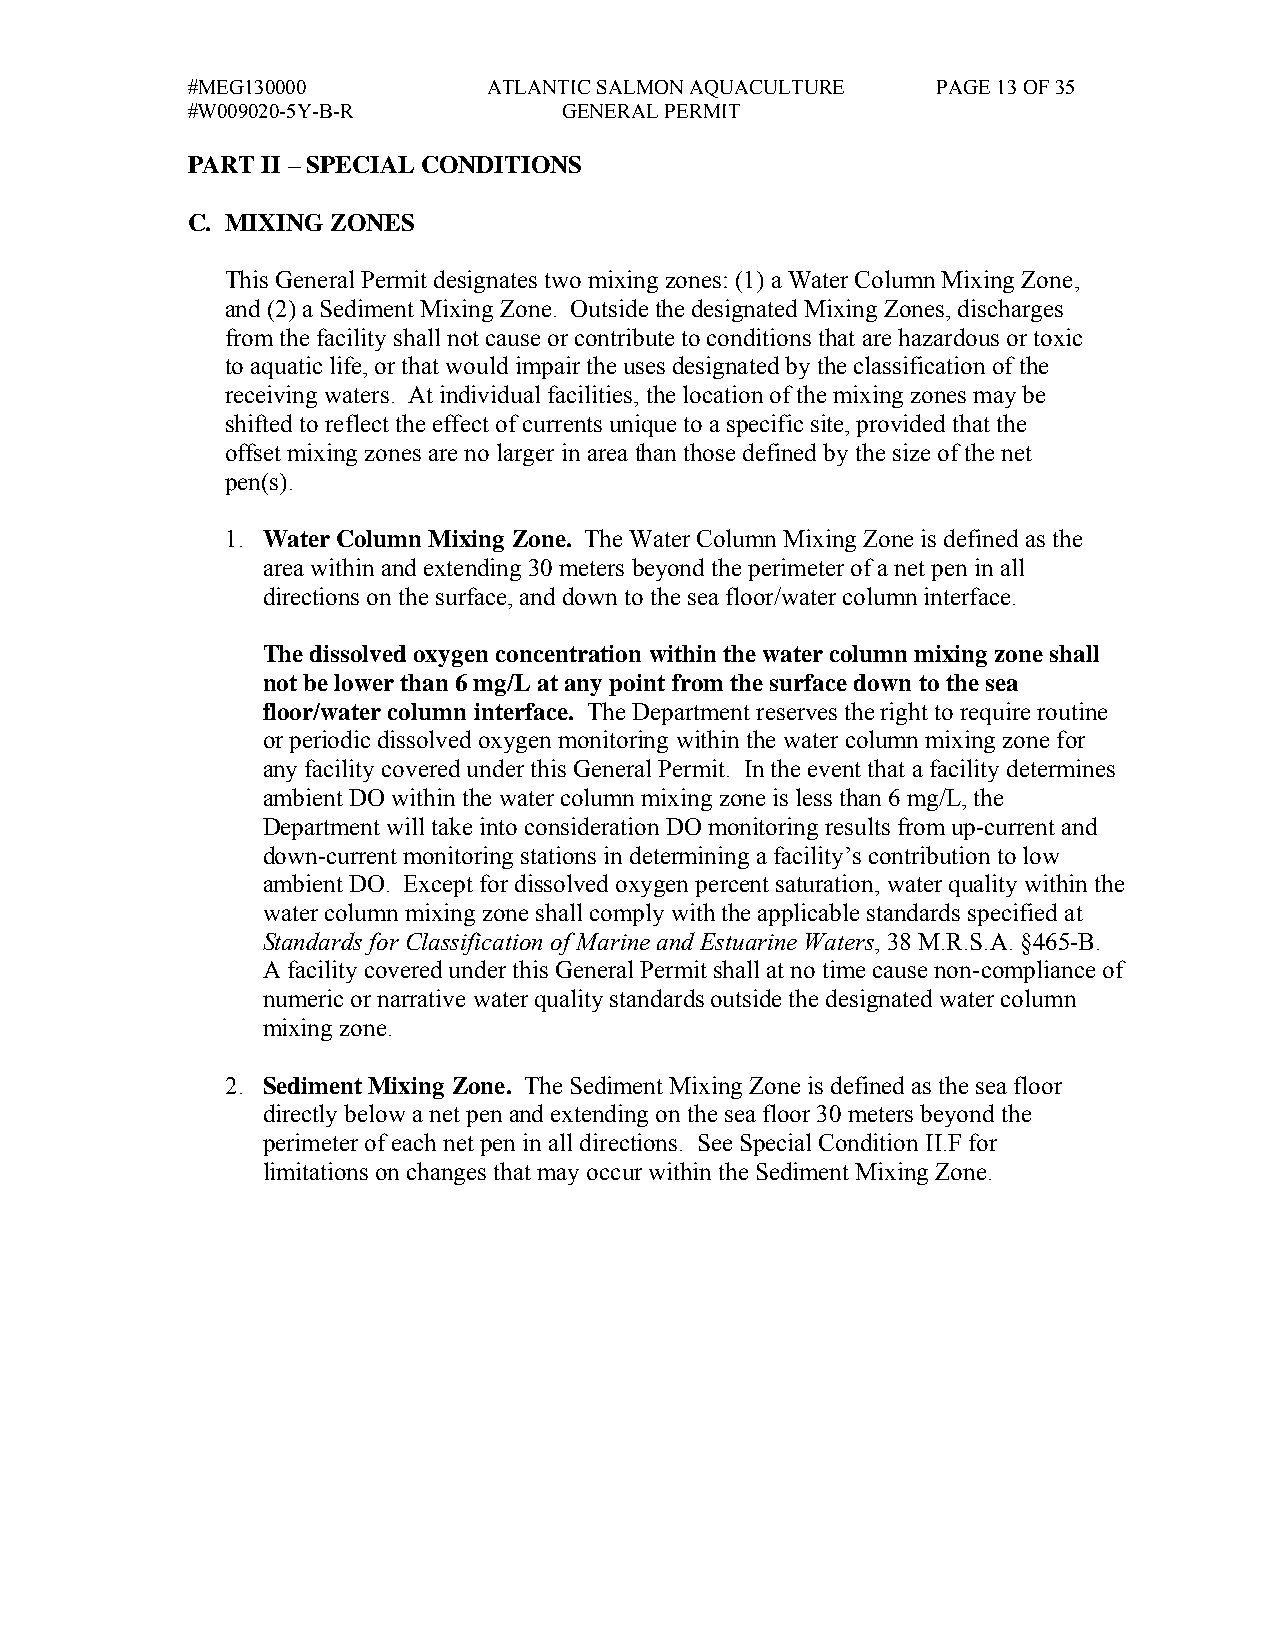
#MEG130000          ATLANTIC SALMON AQUACULTURE   PAGE 13 OF 35
 #W009020-5Y-B-R          GENERAL PERMIT
 PART II – SPECIAL CONDITIONS
 C. MIXING ZONES
 This General Permit designates two mixing zones: (1) a Water Column Mixing Zone,
 and (2) a Sediment Mixing Zone. Outside the designated Mixing Zones, discharges
 from the facility shall not cause or contribute to conditions that are hazardous or toxic
 to aquatic life, or that would impair the uses designated by the classification of the
 receiving waters. At individual facilities, the location of the mixing zones may be
 shifted to reflect the effect of currents unique to a specific site, provided that the
 offset mixing zones are no larger in area than those defined by the size of the net
 pen(s).
 1. Water Column Mixing Zone. The Water Column Mixing Zone is defined as the
 area within and extending 30 meters beyond the perimeter of a net pen in all
 directions on the surface, and down to the sea floor/water column interface.
 The dissolved oxygen concentration within the water column mixing zone shall
 not be lower than 6 mg/L at any point from the surface down to the sea
 floor/water column interface. The Department reserves the right to require routine
 or periodic dissolved oxygen monitoring within the water column mixing zone for
 any facility covered under this General Permit. In the event that a facility determines
 ambient DO within the water column mixing zone is less than 6 mg/L, the
 Department will take into consideration DO monitoring results from up-current and
 down-current monitoring stations in determining a facility’s contribution to low
 ambient DO. Except for dissolved oxygen percent saturation, water quality within the
 water column mixing zone shall comply with the applicable standards specified at
 Standards for Classification of Marine and Estuarine Waters, 38 M.R.S.A. §465-B.
 A facility covered under this General Permit shall at no time cause non-compliance of
 numeric or narrative water quality standards outside the designated water column
 mixing zone.
 2. Sediment Mixing Zone. The Sediment Mixing Zone is defined as the sea floor
 directly below a net pen and extending on the sea floor 30 meters beyond the
 perimeter of each net pen in all directions. See Special Condition II.F for
 limitations on changes that may occur within the Sediment Mixing Zone.